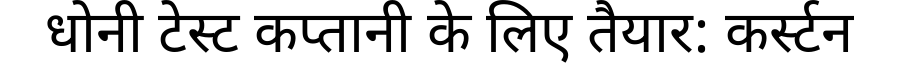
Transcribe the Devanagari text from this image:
धोनी टेस्ट कप्तानी के लिए तैयार: कर्स्टन